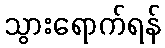
သွားရောက်ရန်